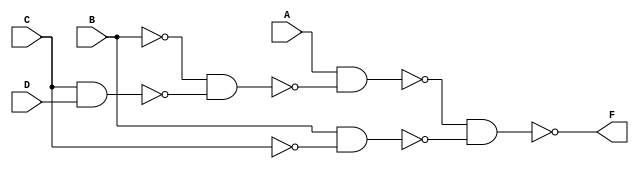
`timescale 1 ns/100ps
module c1(A,B,C,D,F);
output F;
input A,B,C,D;
wire w1,w2,w3,w4,w5,w6;

not #(10)G1(w5,B);//b'
not #(10)G2(w6,C);//c'
nand #(30)G3(w1,C,D);
nand #(30)G4(w2,w5,w1);
nand #(30)G5(w3,A,w2);
nand #(30)G6(w4,B,w6);
nand #(30)G7(F,w3,w4);
endmodule